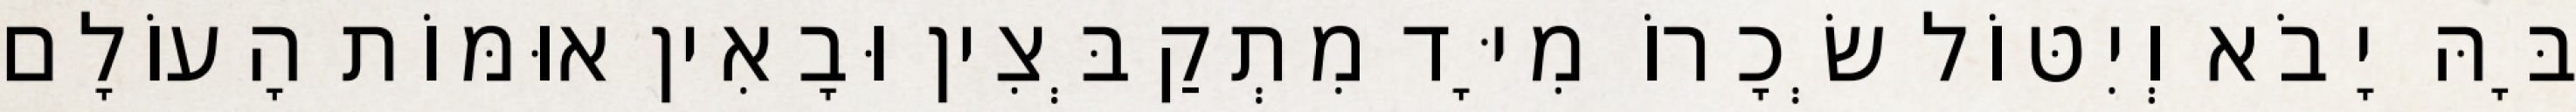
בָּהּ יָבֹא וְיִטּוֹל שְׂכָרוֹ מִיָּד מִתְקַבְּצִין וּבָאִין אוּמּוֹת הָעוֹלָם